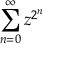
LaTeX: \sum _ { n = 0 } ^ { \infty } z ^ { 2 ^ { n } }